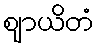
ဈာယိတံ